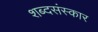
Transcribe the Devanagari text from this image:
शब्दसंस्कार